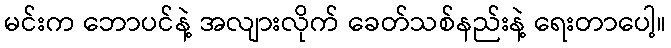
မင်းက ဘောပင်နဲ့ အလျားလိုက် ခေတ်သစ်နည်းနဲ့ ရေးတာပေါ့။